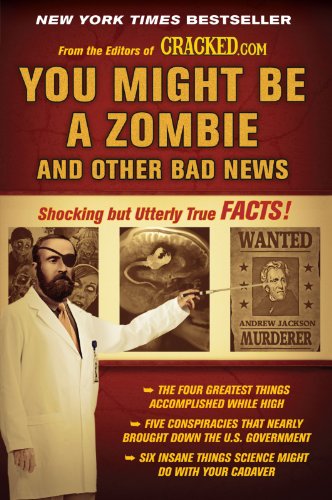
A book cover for You Might Be a Zombie and Other Bad News: Shocking but Utterly True Facts; Cracked.com; Humor & Entertainment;